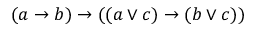
( a \rightarrow b ) \rightarrow ( ( a \lor c ) \rightarrow ( b \lor c ) )